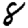
Digit: 8